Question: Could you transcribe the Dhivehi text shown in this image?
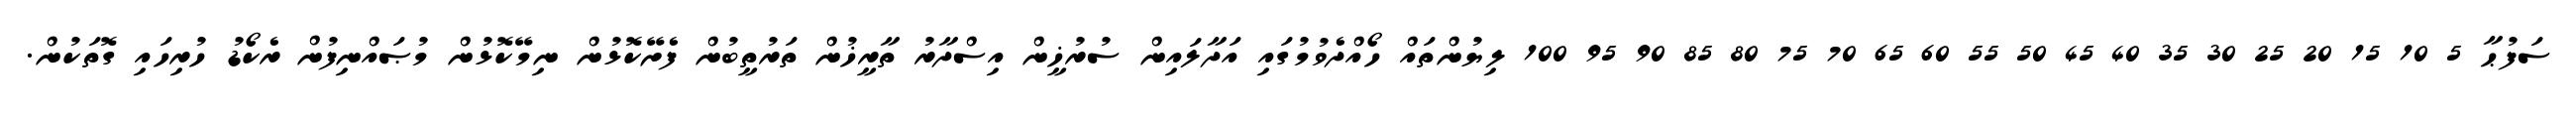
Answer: ސަފުޙާ 5 10 15 20 25 30 35 40 45 50 55 60 65 70 75 80 85 90 95 100 ލިޔުންތައް ހޯއްދެވުމުގައި އަދާލައިން ސުރުޚީން އިސްދާރު ތާރީޚުން ތަރުތީބުން ފެށޭކޮޅުން ނިމޭކޮޅުން މުޞައްނިފުން ރެކޯޑު ހުރިހައި ގޮތަކުން.